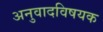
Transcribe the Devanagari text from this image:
अनुवादविषयक